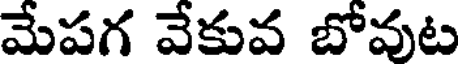
మేపగ వేకువ బోవుట